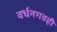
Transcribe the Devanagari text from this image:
वर्धनगडही